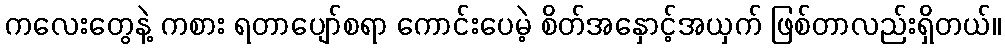
ကလေးတွေနဲ့ ကစား ရတာပျော်စရာ ကောင်းပေမဲ့ စိတ်အနှောင့်အယှက် ဖြစ်တာလည်းရှိတယ်။